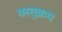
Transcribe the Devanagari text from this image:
वस्तुक्रम